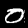
Digit: 0